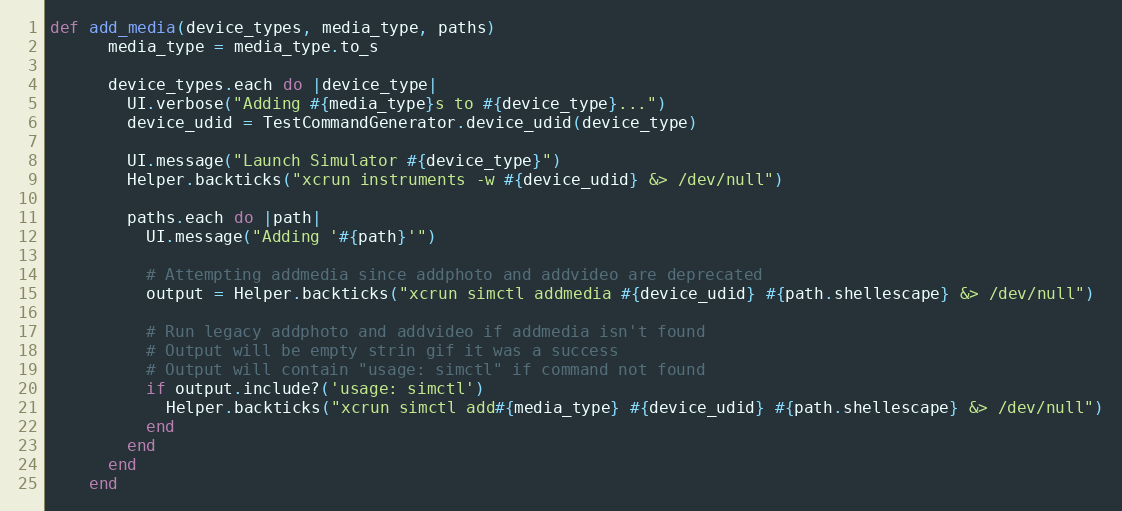
Language: Ruby
def add_media(device_types, media_type, paths)
      media_type = media_type.to_s

      device_types.each do |device_type|
        UI.verbose("Adding #{media_type}s to #{device_type}...")
        device_udid = TestCommandGenerator.device_udid(device_type)

        UI.message("Launch Simulator #{device_type}")
        Helper.backticks("xcrun instruments -w #{device_udid} &> /dev/null")

        paths.each do |path|
          UI.message("Adding '#{path}'")

          # Attempting addmedia since addphoto and addvideo are deprecated
          output = Helper.backticks("xcrun simctl addmedia #{device_udid} #{path.shellescape} &> /dev/null")

          # Run legacy addphoto and addvideo if addmedia isn't found
          # Output will be empty strin gif it was a success
          # Output will contain "usage: simctl" if command not found
          if output.include?('usage: simctl')
            Helper.backticks("xcrun simctl add#{media_type} #{device_udid} #{path.shellescape} &> /dev/null")
          end
        end
      end
    end